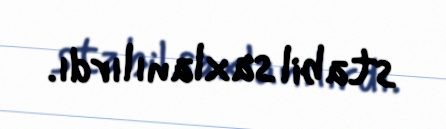
stabil saxlanılırdı.